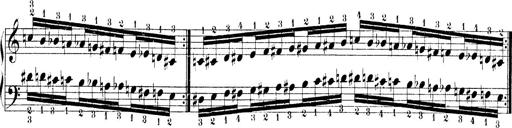
Title: Technische Studien
Composer: Franz Liszt